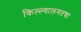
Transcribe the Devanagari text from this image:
किल्ल्यालगतचा